Civil Veterinary Department. United Provinces 1912-22 - 1912-1922
Year: 1912
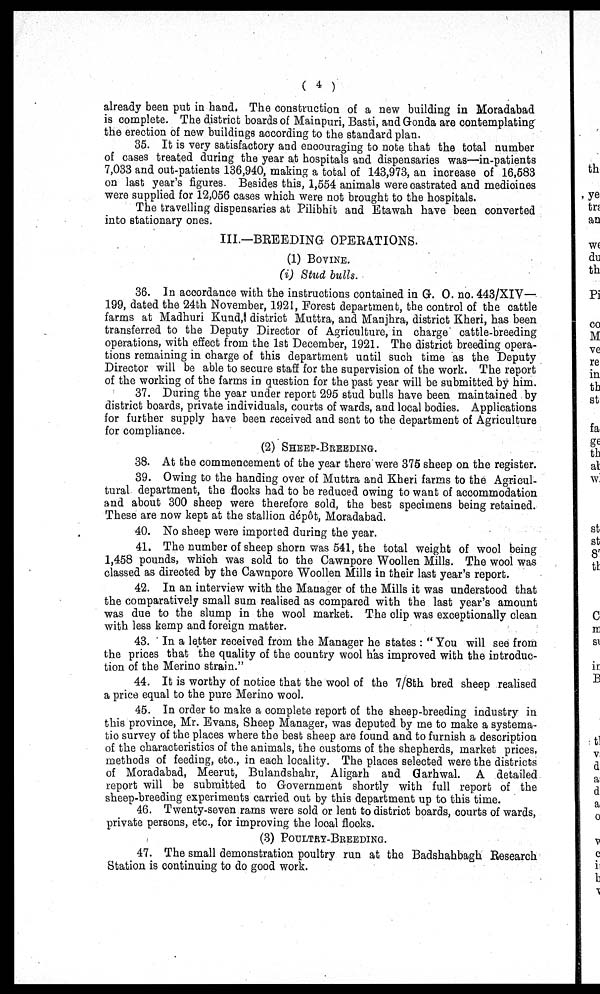
( 4 )
already been pub in hand. The construction of a new building in Moradabad
is complete. The district boards of Mainpuri, Basti, and Gonda are contemplating
the erection of new buildings according to the standard plan.
35. It is very satisfactory and encouraging to note that the total number
of cases treated during the year at hospitals and dispensaries was—in-patients
7,033 and out-patients 136,940, making a total of 143,973, an increase of 16,583
on last year's figures. Besides this, 1,554 animals were castrated and medicines
were supplied for 12,056 cases which were not brought to the hospitals.
The travelling dispensaries at Pilibhit and Etawah have been converted
into stationary ones.
III.—BREEDING OPERATIONS.
(1) BOVINE.
(i) Stud bulls.
36. In accordance with the instructions contained in G. O. no. 443/XIV—
199, dated the 24th November, 1921, Forest department, the control of the cattle
farms at Madhuri Kund, district Muttra, and Manjhra, district Kheri, has been
transferred to the Deputy Director of Agriculture, in charge cattle-breeding
operations, with effect from the 1st December, 1921. The district breeding opera-
tions remaining in charge of this department until such time as the Deputy
Director will be able to secure staff for the supervision of the work. The report
of the working of the farms in question for the past year will be submitted by him.
37. During the year under report 295 stud bulls have been maintained by
district boards, private individuals, courts of wards, and local bodies. Applications
for further supply have been received and sent to the department of Agriculture
for compliance.
(2) SHEEP-BREEDING.
38. At the commencement of the year there were 375 sheep on the register.
39. Owing to the handing over of Muttra and Kheri farms to the Agricul-
tural department, the flocks had to be reduced owing to want of accommodation
and about 300 sheep were therefore sold, the best specimens being retained.
These are now kept at the stallion dépôt, Moradabad.
40. No sheep were imported during the year.
41. The number of sheep shorn was 541, the total weight of wool being
1,458 pounds, which was sold to the Cawnpore Woollen Mills. The wool was
classed as directed by the Cawnpore Woollen Mills in their last year's report.
42. In an interview with the Manager of the Mills it was understood that
the comparatively small sum realised as compared with the last year's amount
was due to the slump in the wool market. The clip was exceptionally clean
with less kemp and foreign matter.
43. In a letter received from the Manager he states: "You will see from
the prices that the quality of the country wool has improved with the introduc-
tion of the Merino strain."
44. It is worthy of notice that the wool of the 7/8th bred sheep realised
a price equal to the pure Merino wool.
45. In order to make a complete report of the sheep-breeding industry in
this province, Mr. Evans, Sheep Manager, was deputed by me to make a systema-
tic survey of the places where the best sheep are found and to furnish a description
of the characteristics of the animals, the customs of the shepherds, market prices,
methods of feeding, etc, in each locality. The places selected were the districts
of Moradabad, Meerut, Bulandshahr, Aligarh and Garhwal. A detailed
report will be submitted to Government shortly with full report of the
sheep-breeding experiments carried out by this department up to this time.
46. Twenty-seven rams were sold or lent to district boards, courts of wards,
private persons, etc., for improving the local flocks.
(3) POULTRY-BREEDING.
47. The small demonstration poultry run at the Badshahbagh Research
Station is continuing to do good work.